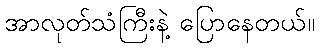
အာလုတ်သံကြီးနဲ့ ပြောနေတယ်။